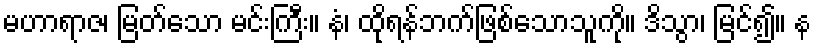
မဟာရာဇ၊ မြတ်သော မင်းကြီး။ နံ၊ ထိုရန်ဘက်ဖြစ်သောသူကို။ ဒိသွာ၊ မြင်၍။ န